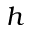
h